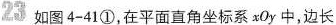
23 如图 4-41 ①，在平面直角坐标系xOy中，边长